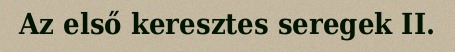
Az első keresztes seregek II.